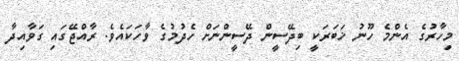
މިހާރުގެ އެންމެ ހޫނު ޚަބަރަކީ ބިދޭސީން ދޭސީންނަށް ހެދުމުގެ ވާހަކައެވެ. ރާއްޖޭގައި ގަވާއިދާ